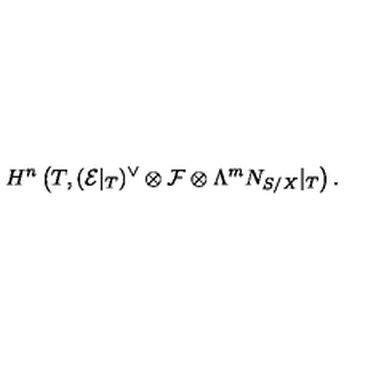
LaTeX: H ^ { n } \left( T , ( { \cal E } | _ { T } ) ^ { \vee } \otimes { \cal F } \otimes \Lambda ^ { m } N _ { S / X } | _ { T } \right) .